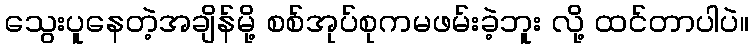
သွေးပူနေတဲ့အချိန်မို့ စစ်အုပ်စုကမဖမ်းခဲ့ဘူး လို့ ထင်တာပါပဲ။